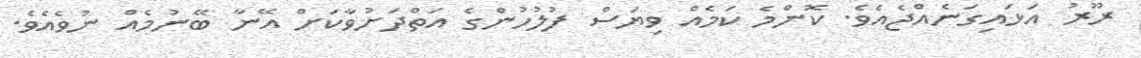
ރޫރު އަޅައިގަނެއްޖެއެވެ. ކޮންމެ ކަމެއް ވިޔަސް ފުލުހުންގެ އަތްދަށުވާކަށް އޭނާ ބޭނުމެއް ނުވެއެވެ.